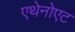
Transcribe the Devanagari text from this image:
एथेनोएट